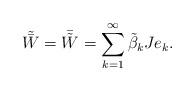
LaTeX: \begin{align*}\tilde{\bar{W}} = \bar{\tilde{W}} = \sum_{k=1}^{\infty}\tilde{\beta}_kJe_k.\end{align*}